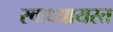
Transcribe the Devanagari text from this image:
स्वाध्यायरत